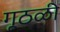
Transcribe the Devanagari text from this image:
गूठळी